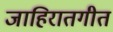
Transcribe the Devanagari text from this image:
जाहिरातगीत